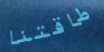
طاقتنا